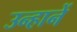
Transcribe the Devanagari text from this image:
उन्हानें